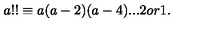
a ! ! \equiv a ( a - 2 ) ( a - 4 ) . . . 2 o r 1 .